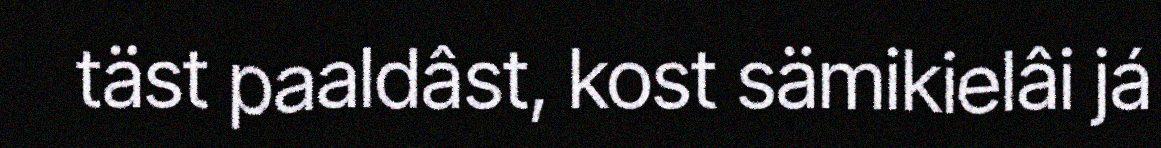
täst paaldâst, kost sämikielâi já